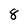
Character: 8